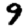
Digit: 9